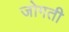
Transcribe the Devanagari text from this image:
जोगती